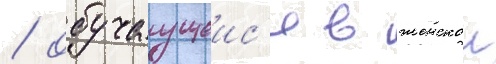
/ обучаущеис'я в женскои